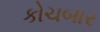
કોચબાર